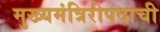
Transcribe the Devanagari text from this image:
मुख्यमंत्रिरीपदाची